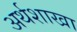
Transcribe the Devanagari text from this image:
अर्थशाखा